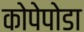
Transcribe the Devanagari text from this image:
कोपेपोडा